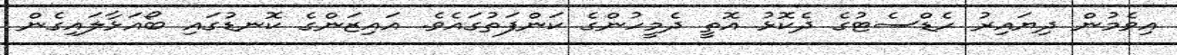
އިވެމުން ދިޔައިރު ހެޑްސެޓުގެ ދެކޮޅު އޮތީ ދެމީހުންގެ ކަންފަތުގައެވެ. އައިޒަންގެ ކޮނޑުގައި ބޯއަޅާލައިގެން